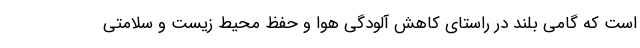
است که گامی بلند در راستای کاهش آلودگی هوا و حفظ محیط زیست و سلامتی